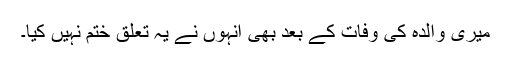
میری والدہ کی وفات کے بعد بھی انہوں نے یہ تعلق ختم نہیں کیا۔